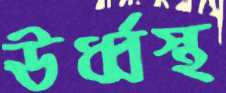
ঊর্ধ্বস্থ